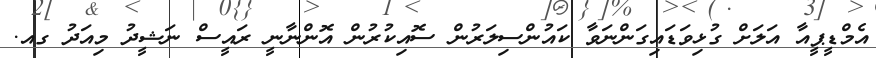
އެމްޑީޕީއާ އަލަށް ގުޅިވަޑައިގަންނަވާ ކައުންސިލަރުން ސޮއިކުރުން އޮންނާނީ ރައީސް ނަޝީދު މިއަދު ގއ.